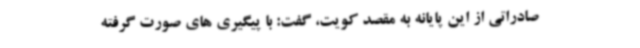
صادراتی از این پایانه به مقصد کویت، گفت: با پیگیری های صورت گرفته